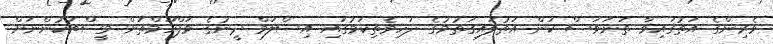
ވެރިންގެ އަތުގައިވާ ތަނަވަސް ކަން އަތުލައިގަތުމުގެ ދަހިވެތިކަމުގައި އިސްލަމް ދީނުގެ މަފްހޫމްތަށް މީސްތަކުންނަށް